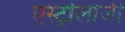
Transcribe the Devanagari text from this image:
एस्ट्रोलोजी